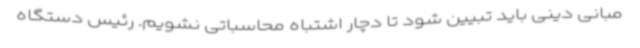
مبانی دینی باید تبیین شود تا دچار اشتباه محاسباتی نشویم. رئیس دستگاه